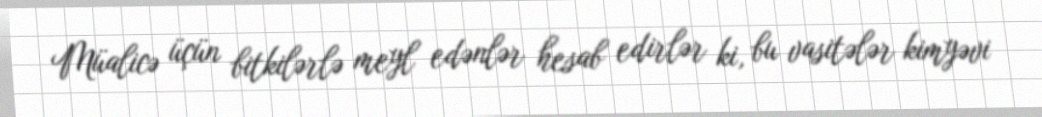
Müalicə üçün bitkilərlə meyl edənlər hesab edirlər ki, bu vasitələr kimyəvi